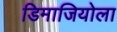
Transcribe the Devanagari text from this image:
डिमाजियोला